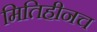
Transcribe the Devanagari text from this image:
मितिहीनच